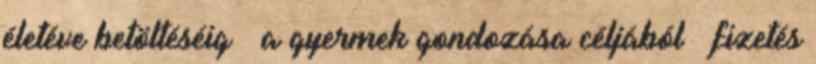
életéve betöltéséig – a gyermek gondozása céljából – fizetés